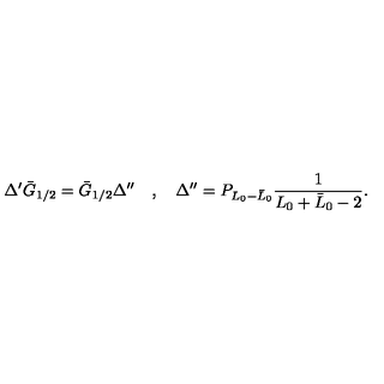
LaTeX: \Delta ^ { \prime } \bar { G } _ { 1 / 2 } = \bar { G } _ { 1 / 2 } \Delta ^ { \prime \prime } \quad , \quad \Delta ^ { \prime \prime } = P _ { L _ { 0 } - \bar { L } _ { 0 } } { \frac { 1 } { L _ { 0 } + \bar { L } _ { 0 } - 2 } } .